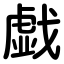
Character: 戯